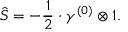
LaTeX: \hat { S } = - \frac { 1 } { 2 } \cdot \gamma ^ { ( 0 ) } \otimes 1 .